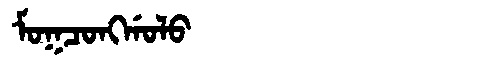
Manchu: ᠮᠣᡴᠴᠣᠩᡤᠣᠯᠣ
Romanization: MOKCONGGOLO